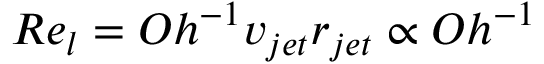
R e _ { l } = O h ^ { - 1 } v _ { j e t } r _ { j e t } \propto O h ^ { - 1 }